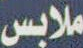
ملابس